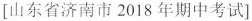
[山东省济南市2018年期中考试]